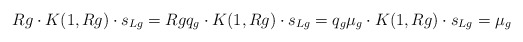
\begin{align*} {R}g\cdot K(1,{R}g)\cdot s_{{L}g}={R}g q_g\cdot K(1,{R}g)\cdot s_{{L}g}=q_g \mu_g\cdot K(1,{R}g)\cdot s_{{L}g}=\mu_g\end{align*}